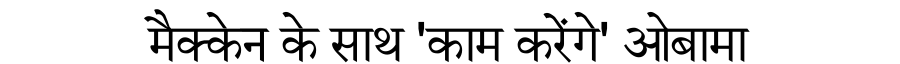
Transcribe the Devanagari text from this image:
मैक्केन के साथ 'काम करेंगे' ओबामा